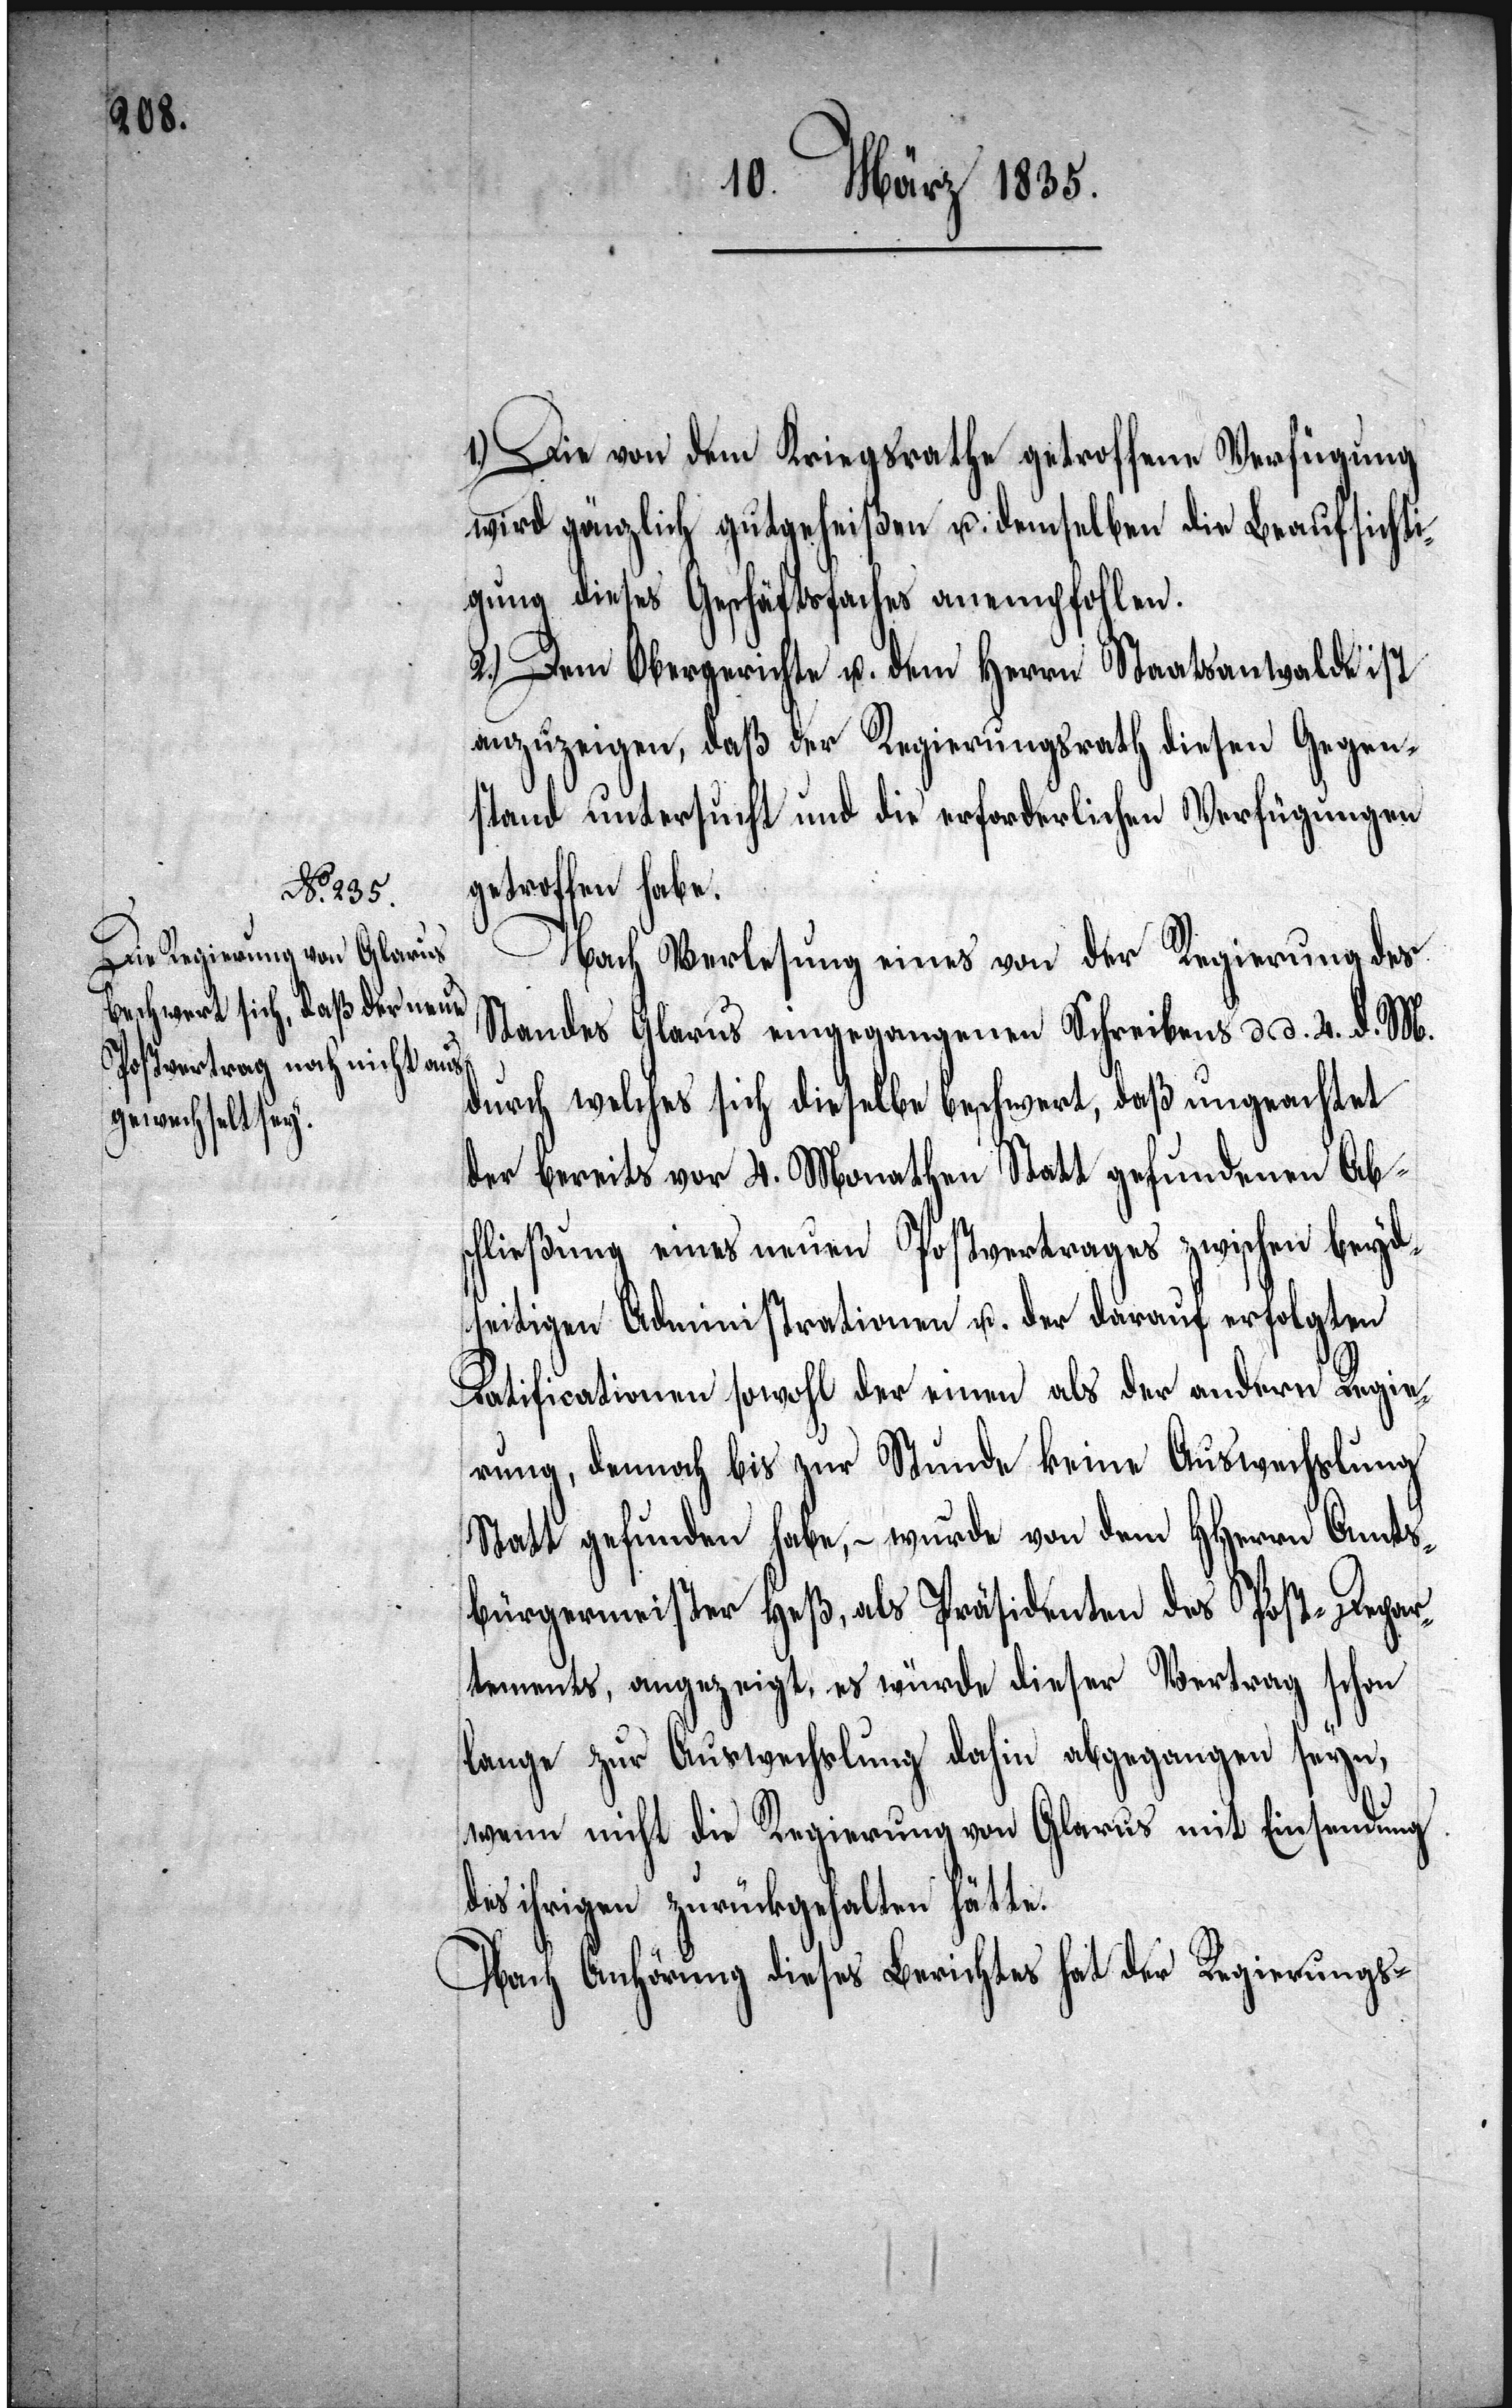
1.) Die von dem Kriegsrathe getroffene Verfügung
wird gänzlich gutgeheißen u. demselben die Beaufsichti¬
gung dieses Geschäftsfaches anempfohlen.
2.) Dem Obergerichte u. dem Herrn Staatsanwalde ist
anzuzeigen, daß der Regierungsrath diesen Gegen¬
stand untersucht und die erforderlichen Verfügungen
getroffen habe.
des
Nach Verlesung eines von der Regierung
Standes Glarus eingegangenen Schreibens d. d. 4. d. M.
durch welches sich dieselbe beschwert, daß ungeachtet
der bereits vor 4. Monathen Statt gefundenen Ab¬
schließung eines neuen Postvertrages zwischen beyd¬
seitigen Administrationen u. der darauf erfolgten
Ratificationen sowohl der einen als der andern Regie¬
rung, dennoch bis zur Stunde keine Auswechslung
Statt gefunden habe, – wurde von dem HHerrn Amts¬
bürgermeister Heß, als Präsidenten des Post-Depar¬
tements, angezeigt, es würde dieser Vertrag schon
lange zur Auswechslung dahin abgegangen seyn,
wenn nicht die Regierung von Glarus mit Einsendung
des ihrigen zurückgehalten hätte.
Nach Anhörung dieses Berichtes hat der Regierungs-